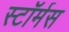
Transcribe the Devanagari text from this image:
स्टॉर्मस